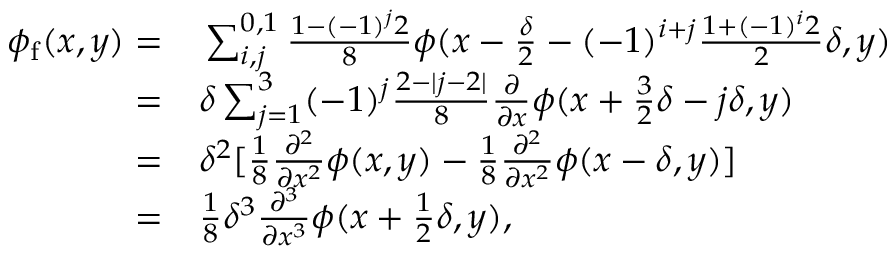
\begin{array} { r l } { \phi _ { \mathrm { f } } ( x , y ) = } & { { } \sum _ { i , j } ^ { 0 , 1 } \frac { 1 - ( - 1 ) ^ { j } 2 } { 8 } \phi ( x - \frac { \delta } { 2 } - ( - 1 ) ^ { i + j } \frac { 1 + ( - 1 ) ^ { i } 2 } { 2 } \delta , y ) } \\ { = } & { { } \delta \sum _ { j = 1 } ^ { 3 } ( - 1 ) ^ { j } \frac { 2 - | j - 2 | } { 8 } \frac { \partial } { \partial x } \phi ( x + \frac { 3 } { 2 } \delta - j \delta , y ) } \\ { = } & { { } \delta ^ { 2 } [ \frac { 1 } { 8 } \frac { \partial ^ { 2 } } { \partial x ^ { 2 } } \phi ( x , y ) - \frac { 1 } { 8 } \frac { \partial ^ { 2 } } { \partial x ^ { 2 } } \phi ( x - \delta , y ) ] } \\ { = } & { { } \frac { 1 } { 8 } \delta ^ { 3 } \frac { \partial ^ { 3 } } { \partial x ^ { 3 } } \phi ( x + \frac { 1 } { 2 } \delta , y ) , } \end{array}